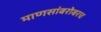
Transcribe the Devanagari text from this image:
माणसांबरोबरच